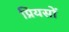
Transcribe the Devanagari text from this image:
प्रियसों